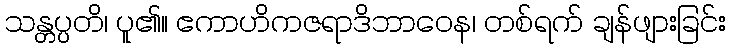
သန္တပ္ပတိ၊ ပူ၏။ ဧကာဟိကဇရာဒိဘာဝေန၊ တစ်ရက် ချန်ဖျားခြင်း